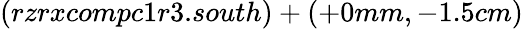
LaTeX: (rzrxcompc1r3.south)+(+0mm,-1.5cm)